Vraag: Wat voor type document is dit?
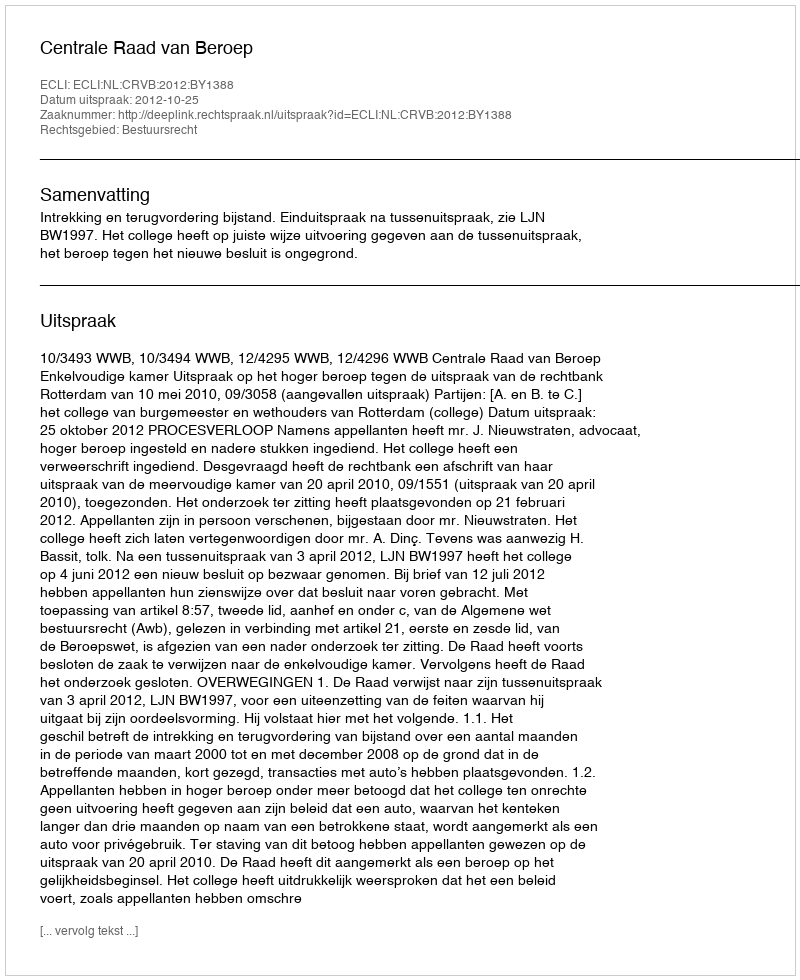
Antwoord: Uitspraak